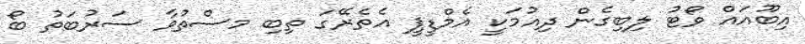
އިބޫއައް ވޯޓު ލިބިގެން ދިއުމަކީ އެމްޑީޕީ އެތެރޭގަ ތިބި މސްތުވާ ސަރުބަތު ބޯ